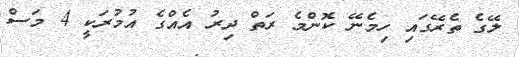
ލޭގެ ތެރޭގައި ހިމެނޭ ކޮންމެ ރަތް ދިރު އެއްގެ އުމުރަކީ 4 މަސް